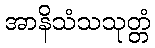
အာနိသံသသုတ္တံ